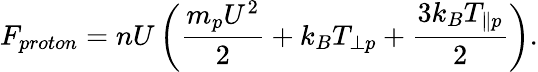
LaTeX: F_{proton}=nU\left(\frac{m_{p}U^{2}}{2}+k_{B}T_{\perp p}+\frac{3k_{B}T_{\parallel p}}{2}\right).